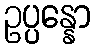
ဥပ္ပန္နော